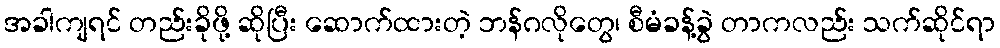
အခါကျရင် တည်းခိုဖို့ ဆိုပြီး ဆောက်ထားတဲ့ ဘန်ဂလိုတွေ၊ စီမံခန့်ခွဲ တာကလည်း သက်ဆိုင်ရာ